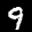
Label: 9